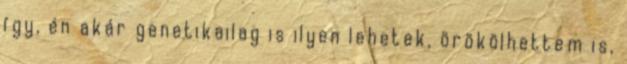
így, én akár genetikailag is ilyen lehetek, örökölhettem is,